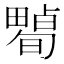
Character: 𤳠